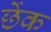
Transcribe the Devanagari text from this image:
छेंक